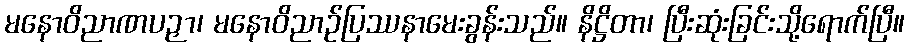
မနောဝိညာဏပဉှာ၊ မနောဝိညာဉ်ပြဿနာမေးခွန်းသည်။ နိဋ္ဌိတာ၊ ပြီးဆုံးခြင်းသို့ရောက်ပြီ။